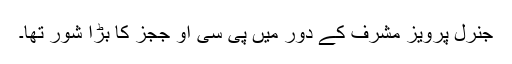
جنرل پرویز مشرف کے دور میں پی سی او ججز کا بڑا شور تھا۔